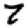
Digit: 7